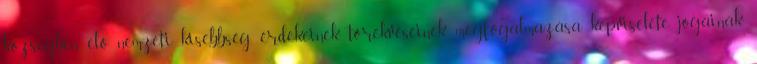
községben élő nemzeti kisebbség érdekeinek, törekvéseinek megfogalmazása, képviselete, jogainak